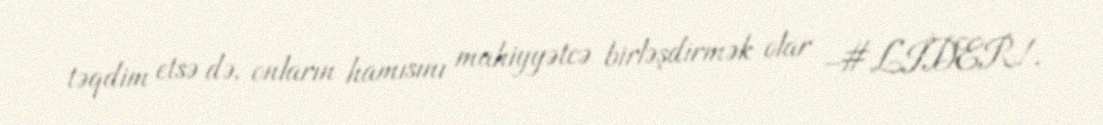
təqdim etsə də, onların hamısını mahiyyətcə birləşdirmək olar –#LİDER!.